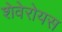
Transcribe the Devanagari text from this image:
शेवेरोयस